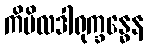
ကိမိလဒါရုက္ခန္ဓေန